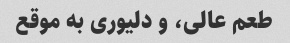
طعم عالی، و دلیوری به موقع